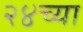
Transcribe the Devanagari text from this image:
२४च्या